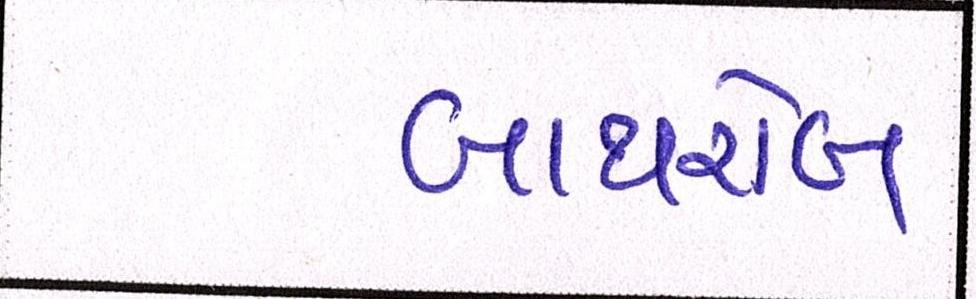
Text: બાથરોબ